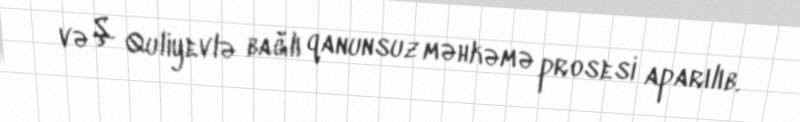
və Ş. Quliyevlə bağlı qanunsuz məhkəmə prosesi aparılıb.